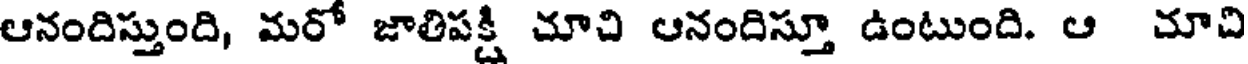
ఆనందిస్తుంది, మరో జాతిపక్షి చూచి ఆనందిస్తూ ఉంటుంది. ఆ చూచి